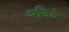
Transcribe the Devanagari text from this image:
एनिडे